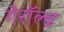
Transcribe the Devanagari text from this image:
गेरॉल्ड